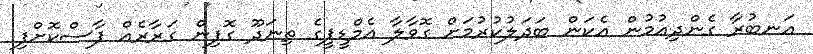
އަނބުރާ ގެންދިއުމުން އެކަން ބަދަލުކުރުމަށް ގޮވާލާ އެމްޑީޕީގެ ތިނަދޫ ގޮފިން ގަރާރެއް ފާސްކޮށްފި